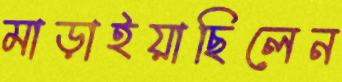
মাড়াইয়াছিলেন